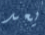
يعد